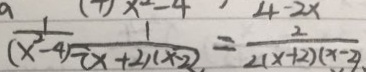
\frac { 1 } { ( x ^ { 2 } - 4 ) } \frac { 1 } { ( x + 2 ) ( x - 2 ) } = \frac { 2 } { 2 ( x + 2 ) ( x - 2 ) }